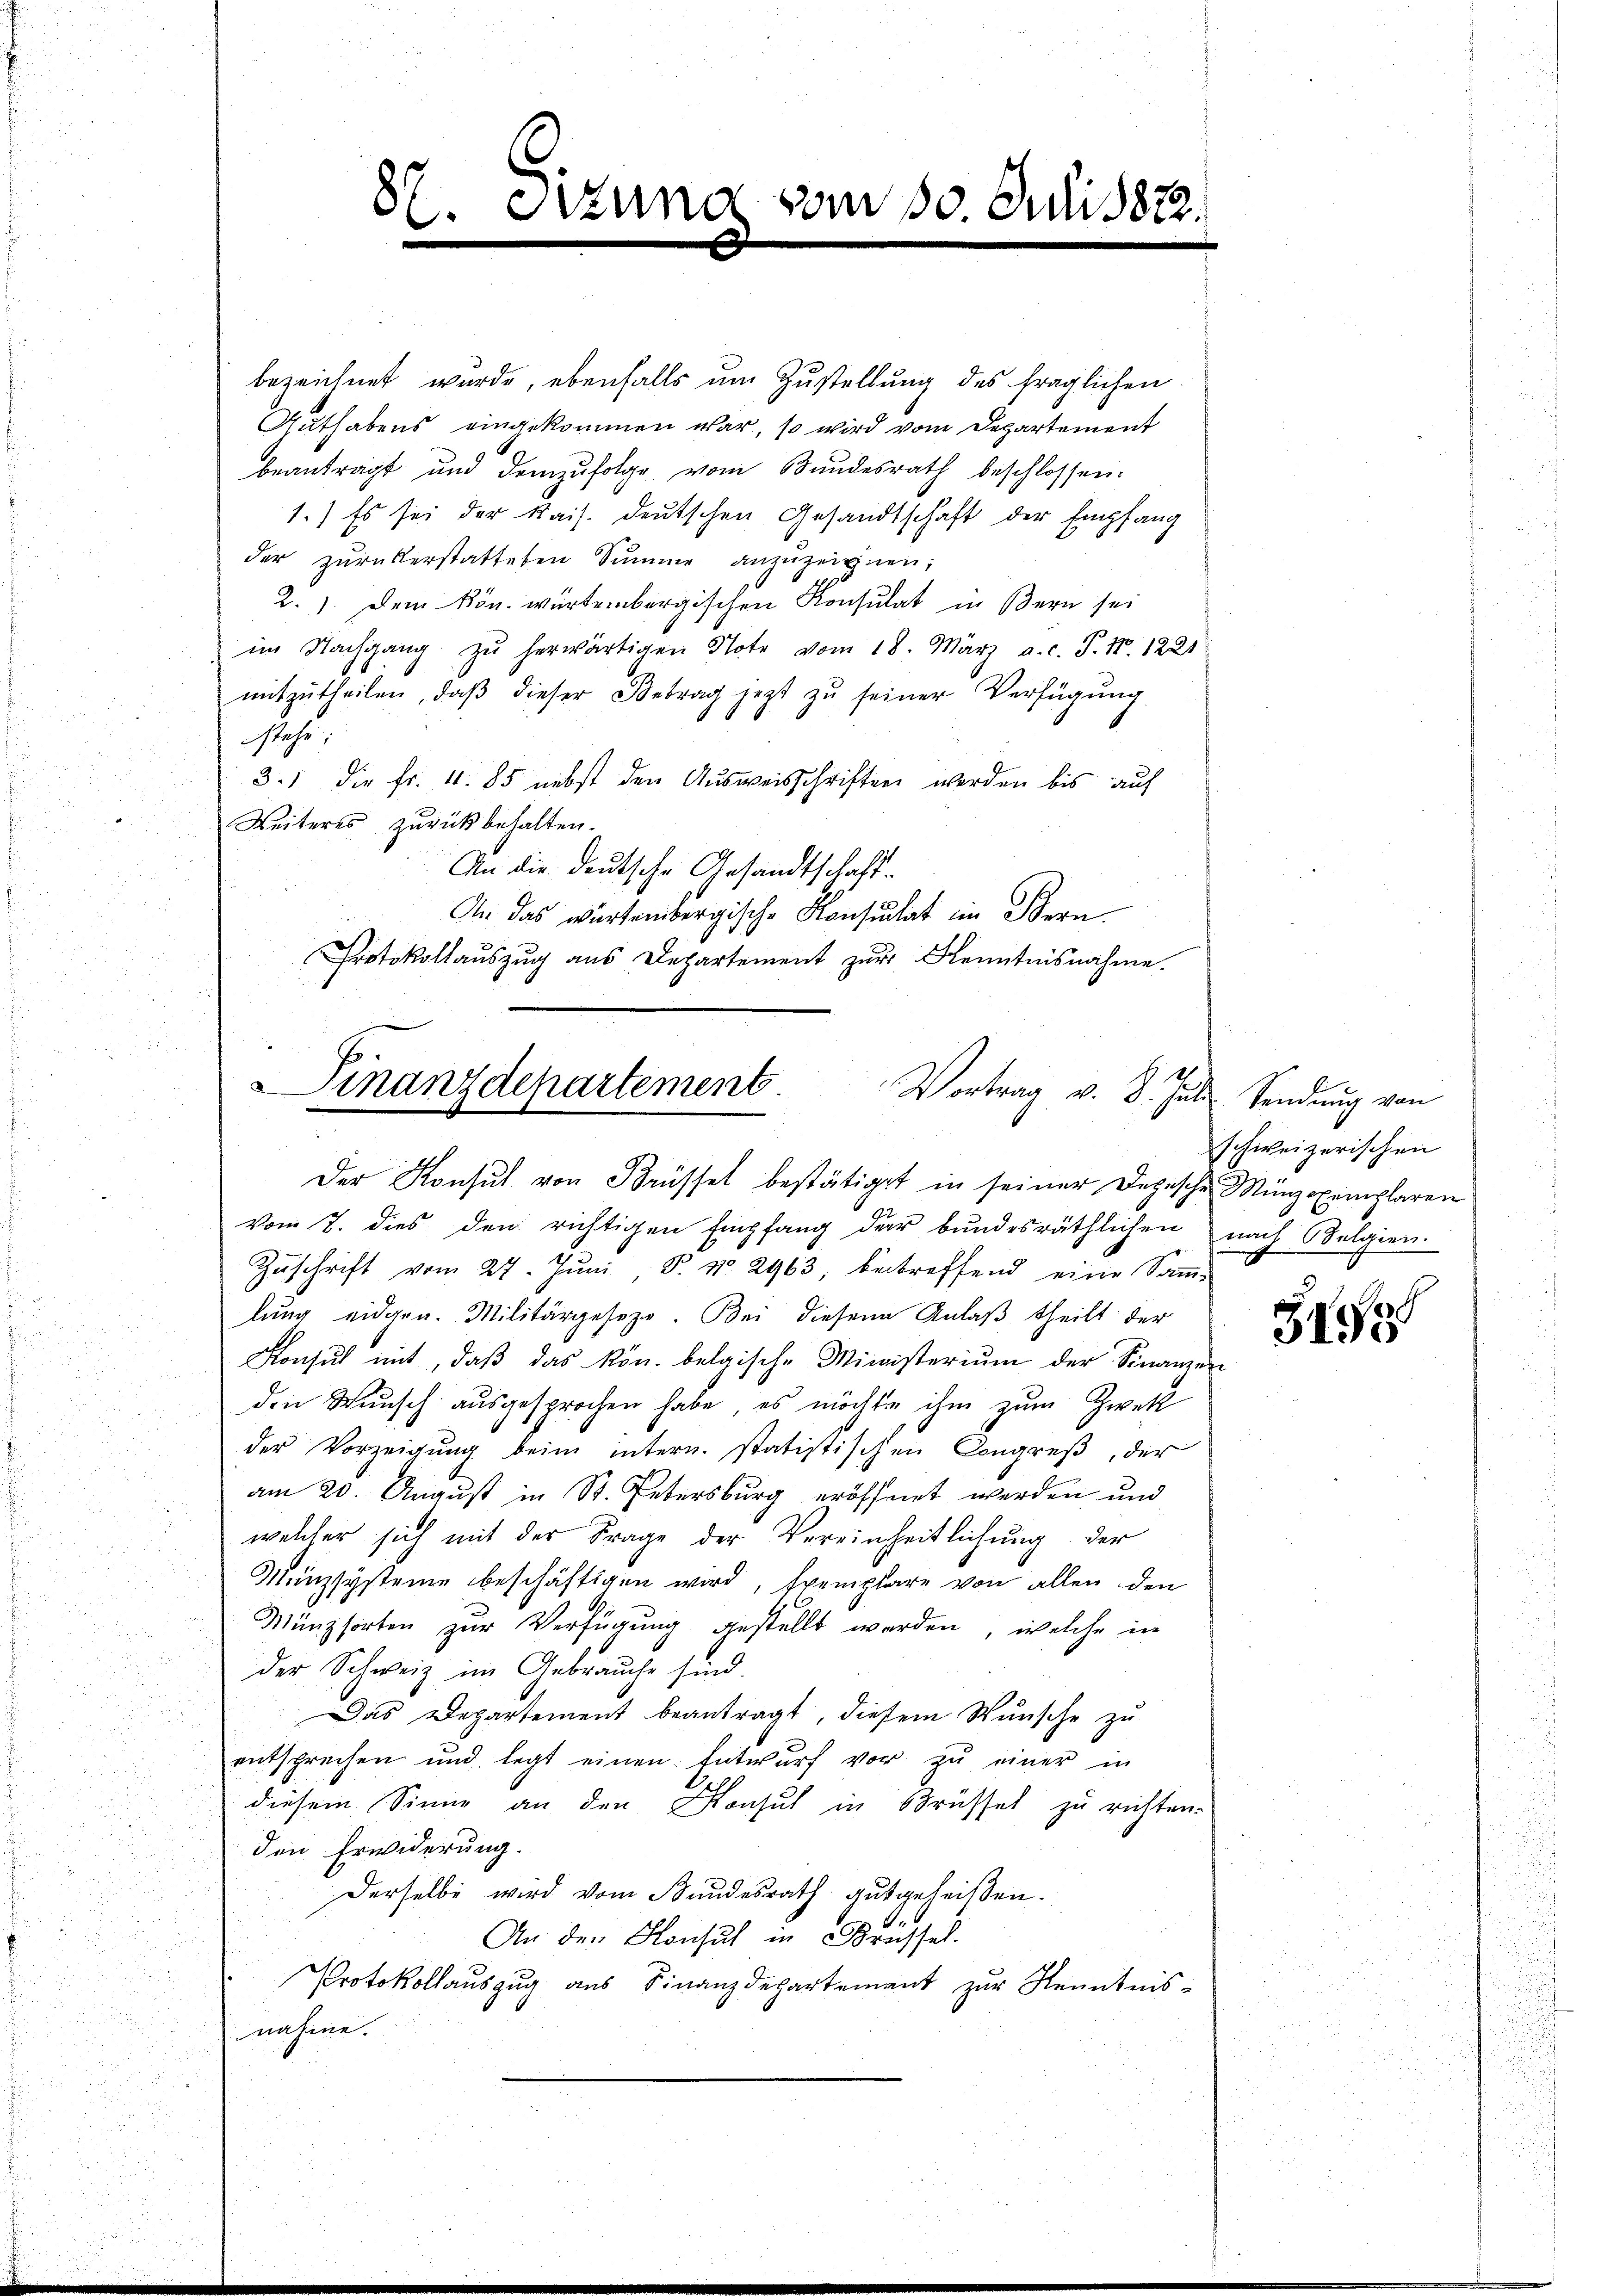
bezeichnet wurde, ebenfalls um Zustellung des fraglichen
Guthabens eingekommen war, so wird vom Departement
beantragt und demzufolge vom Bundesrath beschlossen:
1.) Es sei der Kais. deutschen Gesandtschaft der Empfang
der zurükerstatteten Summe anzuzeignen;
2. 1. Dem Kön. Würtembergischen Konsulat in Bern sei
im Nachgang zŭ herwärtigen Note vom 18. März a.c. P. Nr. 1221
mitzŭtheilen, daβ dieser Betrag jetzt zŭ seiner Verfügŭng
stehe
3.) Die Fr. 4. 85 nebst den Ausweisschriften werden bis auf
Weiteres zurückbehalten.
An die deutsche Gesandtschaft-
An das würtembergische Konsulat im Bern
Protokollauszug aus Departement zur Kenntnisnahme.

87. Sizung vom 30. Juli 1822.

Finanzdepartement.
Der Konsŭt von Brüssel bestätiget in seiner Dopische Münzexemplaren

Vortrag v. 8. Juli Sendung von

vom 7. dies den richtigen Empfang der bundesräthlichen nach Oelgien.
Zŭschrift vom 27. Jŭni, P. No. 2963 betreffend eine Samm-
lung eidgen. Militärgesetze. Bei diesen Anlaß theilt der
Konsul mit, daβ das kön. belgische Ministerium der Finanzen
den Wunsch ausgesprochen habe, es möchte ihm zum Zweck
der Vorzeigung beim intern. statistischen Congreß, der
am 20. August in St. Petersburg eröffnet werden und
welcher sich mit der Frage der Vereinheitlichung der
Münzsysteme beschäftigen wird, Exemplare von allen den
Münzsorten zur Verfügung gestellt werden, welche in
der Schweiz im Gebrauche sind.
Das Departement beantragt, diesem Wunsche zu
entsprechen und legt einen Entwŭrf vor zŭ einer in
diesem Sinne an den Konsul in Brüssel zu richten.
den Erwiderung.
Derselbe wird vom Bundesrath gutgeheißen.
An den Konsul in Brüssel.
Protokollauszug aus Finanzdepartement zur Kenntnis-
nahme.

schweizerischen

5
3198